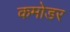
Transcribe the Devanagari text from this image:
कमोडर